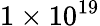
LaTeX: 1\times 10^{19}